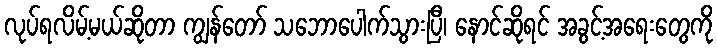
လုပ်ရလိမ့်မယ်ဆိုတာ ကျွန်တော် သဘောပေါက်သွားပြီ၊ နောင်ဆိုရင် အခွင့်အရေးတွေကို